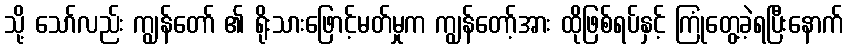
သို့ သော်လည်း ကျွန်တော် ၏ ရိုးသားဖြောင့်မတ်မှုက ကျွန်တော့်အား ထိုဖြစ်ရပ်နှင့် ကြုံတွေ့ခဲ့ရပြီးနောက်